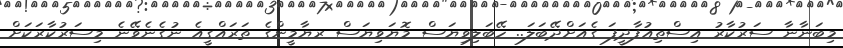
މިބަނާނާ ސަރުކާރު އިސްތިއުފާދީފަ ގެއަށްދޭބަލަ.. ހޭބަލިވިޔަސް މޮޔަވިޔަސް ރޔާމީންގެ ތަރައްގީއެ ނުގެނެވޭނެ މިސަރުކާރަކަށް